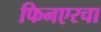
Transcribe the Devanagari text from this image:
फिनएरचा